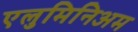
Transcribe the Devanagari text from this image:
एलुमिनिअम